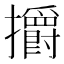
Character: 㩱